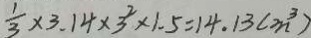
\frac { 1 } { 3 } \times 3 . 1 4 \times 3 ^ { 2 } \times 1 . 5 = 1 4 . 1 3 ( m ^ { 3 } )